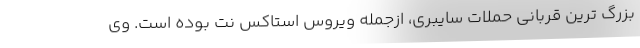
بزرگ ترین قربانی حملات سایبری، ازجمله ویروس استاکس نت بوده است. وی